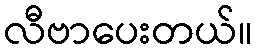
လီဗာပေးတယ်။